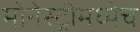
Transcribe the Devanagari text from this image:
मोनेस्ट्रीमध्येच